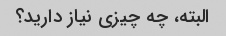
البته، چه چیزی نیاز دارید؟